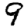
Digit: 9